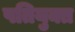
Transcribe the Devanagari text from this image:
पतियुक्त